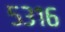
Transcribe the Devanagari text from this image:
५३१६